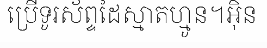
ប្រើទូរស័ព្ទដៃស្មាតហ្មូន។អ៊ិន